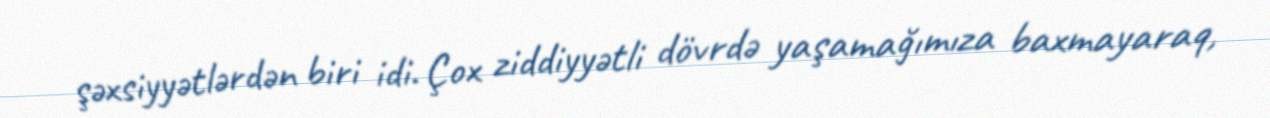
şəxsiyyətlərdən biri idi. Çox ziddiyyətli dövrdə yaşamağımıza baxmayaraq,